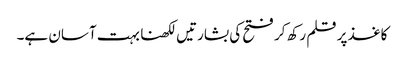
کاغذ پر قلم رکھ کر فتح کی بشارتیں لکھنا بہت آسان ہے۔